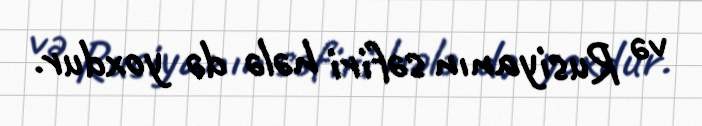
və Rusiyanın səfiri hələ də yoxdur.